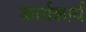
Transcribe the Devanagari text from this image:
कार्यकार्य